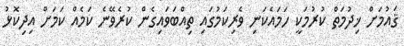
ޤައުމަށް ޚިދުމަތް ކުރުމަކީ ހަމައެކަނި ވެރިކަމުގައި ތިއްބަވައިގެން ކުރެވޭނެ ކަމެއް ކަމަށް އިދިކޮޅު